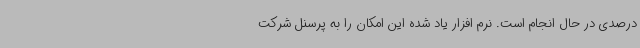
درصدی در حال انجام است. نرم افزار یاد شده این امکان را به پرسنل شرکت